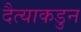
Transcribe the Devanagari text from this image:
दैत्याकडुन